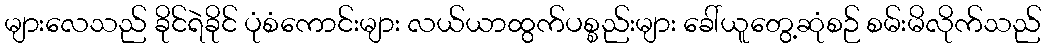
များလေသည် ခိုင်ရဲခိုင် ပုံစံကောင်းများ လယ်ယာထွက်ပစ္စည်းများ ခေါ်ယူတွေ့ဆုံစဉ် စမ်းမိလိုက်သည်